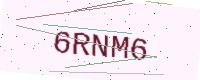
Text: 6RNM6